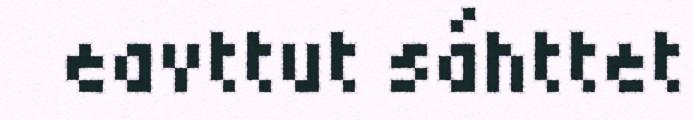
eavttut sáhttet